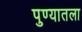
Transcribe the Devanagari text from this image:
पुण्यातला